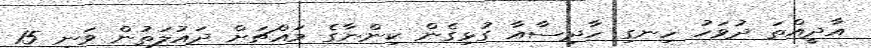
އާދީއްތަ ދުވަހު ހިނގި ހާދިސާއާ ގުޅިގެން ކިންނާގެ މައްޗަށް ދައުލަތުން ވަނީ 15